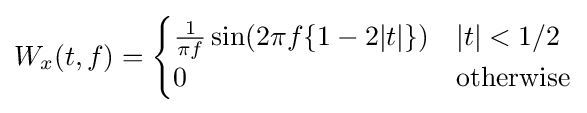
W_{x}(t,f)={\begin{cases}{\frac {1}{\pi f}}\sin(2\pi f\{1-2|t|\})&|t|<1/2\\0&{\mbox{otherwise}}\end{cases}}